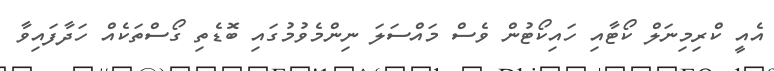
އެއީ ކްރިމިނަލް ކޯޓާއި ހައިކޯޓުން ވެސް މައްސަލަ ނިންމެވުމުގައި ބޮޑެތި ގޯސްތަކެއް ހަދާފައިވާ